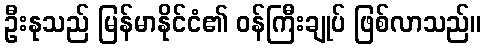
ဦးနုသည် မြန်မာနိုင်ငံ၏ ဝန်ကြီးချုပ် ဖြစ်လာသည်။